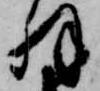
解